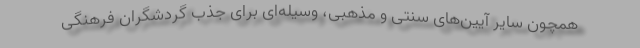
همچون سایر آیین‌های سنتی و مذهبی، وسیله‌ای برای جذب گردشگران فرهنگی